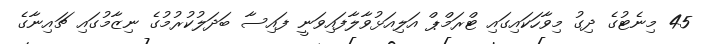
45 މިނެޓުގެ ދިގު މިވާހަކައިގައި ޓްރަމްޕް އަލިއަޅުވާލާފައިވަނީ ފައިސާ ބަދަލުކުރުމުގެ ނިޒާމުގައި ޗައިނާގެ